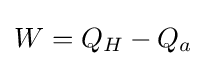
W=Q_{H}-Q_{a}